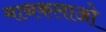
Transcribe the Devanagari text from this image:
मानकलाओ